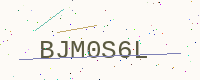
Text: BJM0S6L